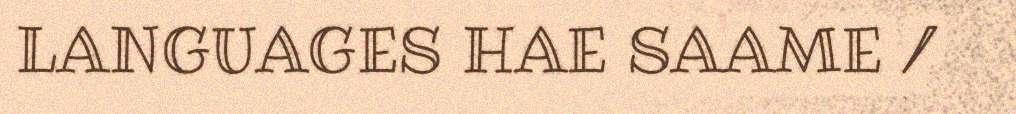
LANGUAGES HAE SAAME /